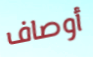
أوصاف